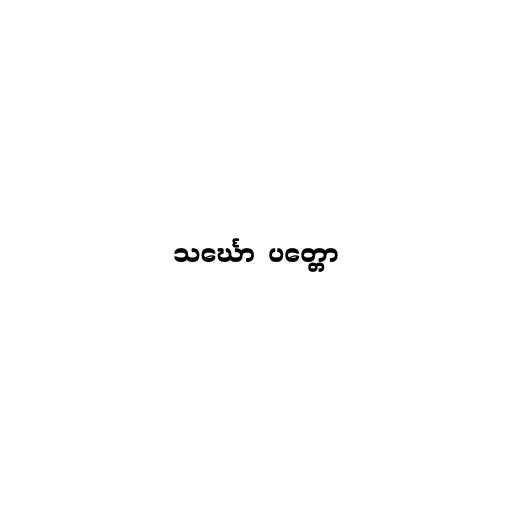
သင်္ဃော  ပတ္တော